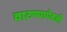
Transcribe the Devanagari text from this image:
वाटण्याऐवजी